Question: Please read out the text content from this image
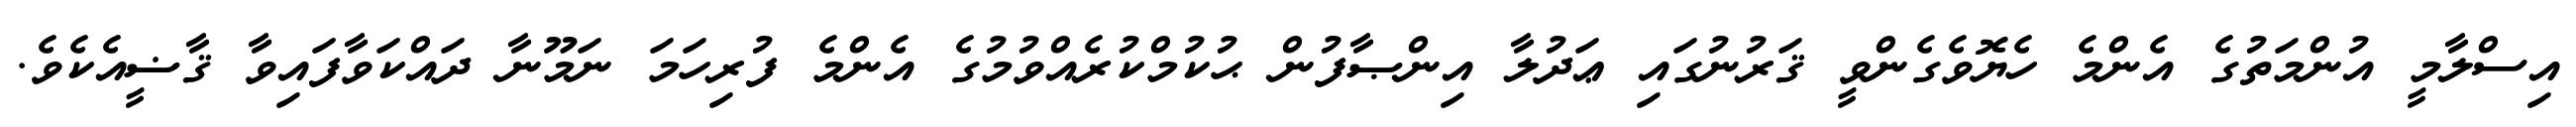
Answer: އިސްލާމީ އުންމަތުގެ އެންމެ ހެޔޮވެގެންވީ ޤަރުނުގައި ޢަދުލާ އިންޞާފުން ޙުކުމްކުރެއްވުމުގެ އެންމެ ފުރިހަމަ ނަމޫނާ ދައްކަވާފައިވާ ޤާޟީއެކެވެ.